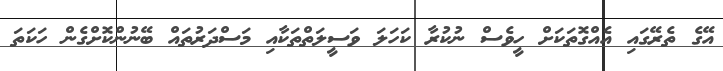
އޭގެ ތެރޭގައި އެއްގޮތަކަށް ހީވެސް ނުކުރާ ކަހަލަ ވަސީލަތްތަކާއި މަސްދަރުތައް ބޭނުންކޮށްގެން ހަކަތަ